Indian journal of veterinary science and animal husbandry - Volumes 15-17, 1948-1951
Year: 1948
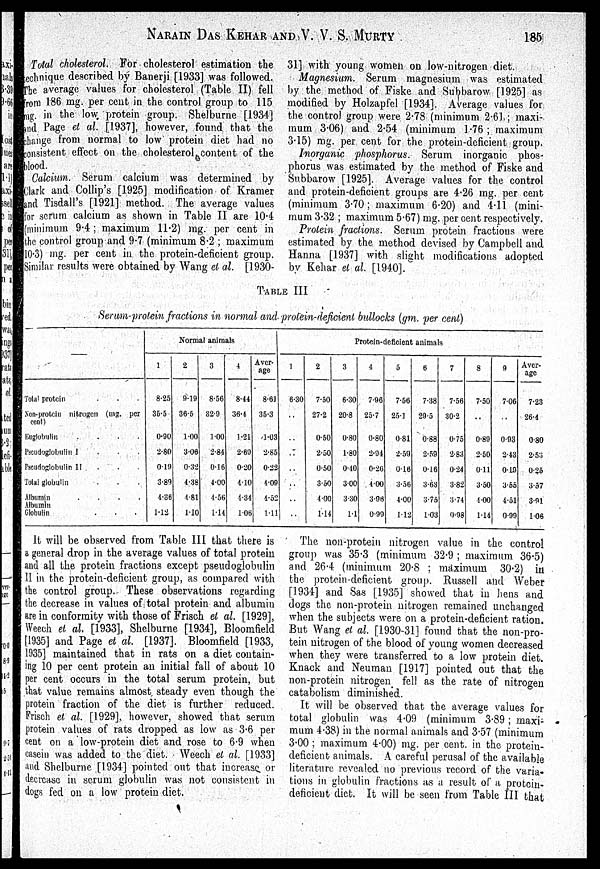
NARAIN DAS KEHAR AND V. V. S.
MURTY
185
Total cholesterol. For cholesterol estimation the
technique described by Banerji [1933] was followed.
The average values for cholesterol (Table II) fell
from 186 mg. per cent in the control group to 115
mg. in the low protein group. Shelburne [1934]
and Page et al. [1937], however, found that the
change from normal to low protein diet had no
consistent effect on the cholesterol content of the
blood.
Calcium. Serum calcium was determined by
Clark and Collip's [1925] modification of Kramer
and Tisdall's [1921] method. The average values
for serum calcium as shown in Table II are 10.4
(minimum 9.4 ; maximum 11.2) mg. per cent in
the control group and 9.7 (minimum 8.2 ; maximum
10.3) mg. per cent in the protein-deficient group.
Similar results were obtained by Wang et al. [1930-
31] with young women on low-nitrogen diet.
Magnesium. Serum magnesium was estimated
by the method of Fiske and Subbarow [1925] as
modified by Holzapfel [1934]. Average values for
the control group were 2.78 (minimum 2.61 ; maxi-
mum 3.06) and 2.54 (minimum 1.76 ; maximum
3.15) mg. per cent for the protein-deficient group.
Inorganic phosphorus. Serum inorganic phos-
phorus was estimated by the method of Fiske and
Subbarow [1925]. Average values for the control
and protein-deficient groups are 4.26 mg. per cent
(minimum 3.70 ; maximum 6.20) and 4.11 (mini-
mum 3.32 ; maximum 5.67) mg. per cent respectively.
Protein fractions. Serum protein fractions were
estimated by the method devised by Campbell and
Hanna [1937] with slight modifications adopted
by Kehar et al. [1940].
TABLE III
Serum-protein fractions in normal and protein-deficient bullocks (gm. per cent)
—
Total protein
Non-protein nitrogen (mg. per
cent)
Euglobulin
....
Pscudoglobulin I . . .
Pscudoglobulin II . . .
Total globulin
Albumin
.
.
.
.
Globulin
Normal animals
1
8.25
35.5
0.90
2.80
0.19
3.89
4.86
1.12
2
9.19
36.5
1.00
3.06
0.32
4.38
4.81
1.10
3
8.56
32.9
1.00
2.84
016
4.00
4.56
1.14
4
8.44
36.4
1.21
2.69
0.20
4.10
4.34
1.06
Aver-
age
8.61
35.3
1.03
2.85
0.22
4.09
4.52
1.11
Protein-deficient animals
1
6.30
..
..
..
..
..
..
..
2
7.50
27.2
0.50
2.50
0.50
3.50
4 00
1.14
3
6.30
20.8
0.80
1.80
0.40
3.00
3.30
1.1
4
7.96
25.7
0.80
2.94
0.26
4.00
3.98
0.99
5
7.56
25.1
0.81
2.59
0.16
3.56
4.00
1.12
6
7.38
29.5
0.88
2.59
0.16
3.63
3.75
1.03
7
7.56
30.2
0.75
2.83
0.24
3.82
3.74
0.98
8
7.50
..
0.89
2.50
0.11
3.50
4.00
1.14
9
7.06
..
0.93
2.43
0.19
3.55
4.51
0.99
Aver-
age
7.23
26.4
0.80
2.53
0.25
3.57
3.91
1.06
It will be observed from Table III that there is
a general drop in the average values of total protein
and all the protein fractions except pseudoglobulin
11 in the protein-deficient group, as compared with
the control group. These observations regarding
the decrease in values of total protein and albumin
are in conformity with those of Frisch et al. [1929],
Weech et al. [1933], Shelburne [1934], Bloomfield
[1935] and Page et al. [1937]. Bloomfield [1933,
1935] maintained that in rats on a diet contain-
ing 10 per cent protein an initial fall of about 10
per cent occurs in the total serum protein, but
that value remains almost steady even though the
protein fraction of the diet is further reduced.
Frisch el al. [1929], however, showed that serum
protein values of rats dropped as low as 3.6 per
cent on a low-protein diet and rose to 6.9 when
casein was added to the diet. Weech el al. [1933]
and Shelburne [1934] pointed out that increase or
decrease in serum globulin was not consistent in
dogs fed on a low protein diet.
The non-protein nitrogen value in the control
group was 35.3 (minimum 32.9 ; maximum 36.5)
and 26.4 (minimum 20.8 ; maximum 30.2) in
the protein-deficient group. Russell and Weber
[1934] and Sas [1935] showed that in hens and
dogs the non-protein nitrogen remained unchanged
when the subjects were on a protein-deficient ration,
But Wang el al. [1930-31] found that the non-pro-
tein nitrogen of the blood of young women decreased
when they were transferred to a low protein diet.
Knack and Neuman [1917] pointed out that the
non-protein nitrogen fell as the rate of nitrogen
catabolism diminished.
It will be observed that the average values for
total globulin was 4.09 (minimum 3.89; maxi-
mum 4.38) in the normal animals and 3.57 (minimum
3.00 ; maximum 4.00) mg. per cent. in the protein-
deficient animals. A careful perusal of the available
literature revealed no previous record of the varia-
tions in globulin fractions as a result of a protein-
deficient diet. It will be seen from Table III that